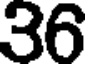
36